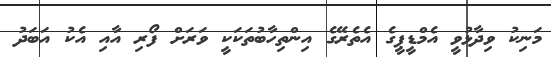
މަނިކު ވިދާޅުވީ އެމްޑީޕީގެ އެތެރޭގެ އިންތިހާބުތަކަކީ ވަރަށް ފޯރި އާއި އެކު އަބަދު